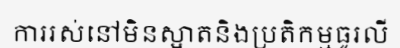
ការរស់នៅមិនស្អាតនិងប្រតិកម្មធូរលី